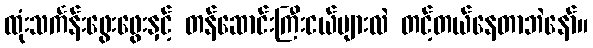
ထုံးသင်္ကန်းဖွေးဖွေးနှင့် တန်ဆောင်းကြီးငယ်များလဲ တင့်တယ်နေတာဘဲနော်။